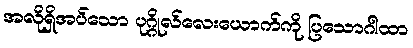
အလိုရှိအပ်သော ပုဂ္ဂိုလ်လေးယောက်ကို ပြသောဂါထာ